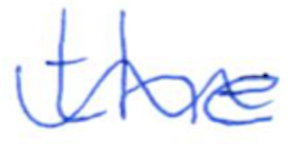
Text: the
Cross-out: wave
Writing tool: ballpoint